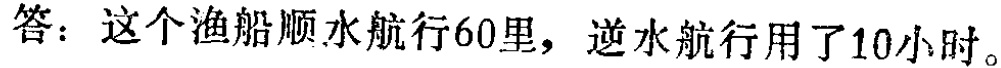
答：这个渔船顺水航行60里，逆水航行用了10小时。